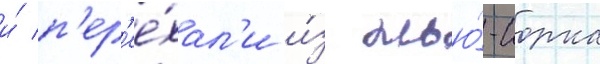
и́ п'ер'ее́хал'и и́з нью́-иорка